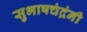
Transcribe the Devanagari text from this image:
सुभाषचंद्रंनी